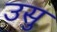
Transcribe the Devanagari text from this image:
उसु